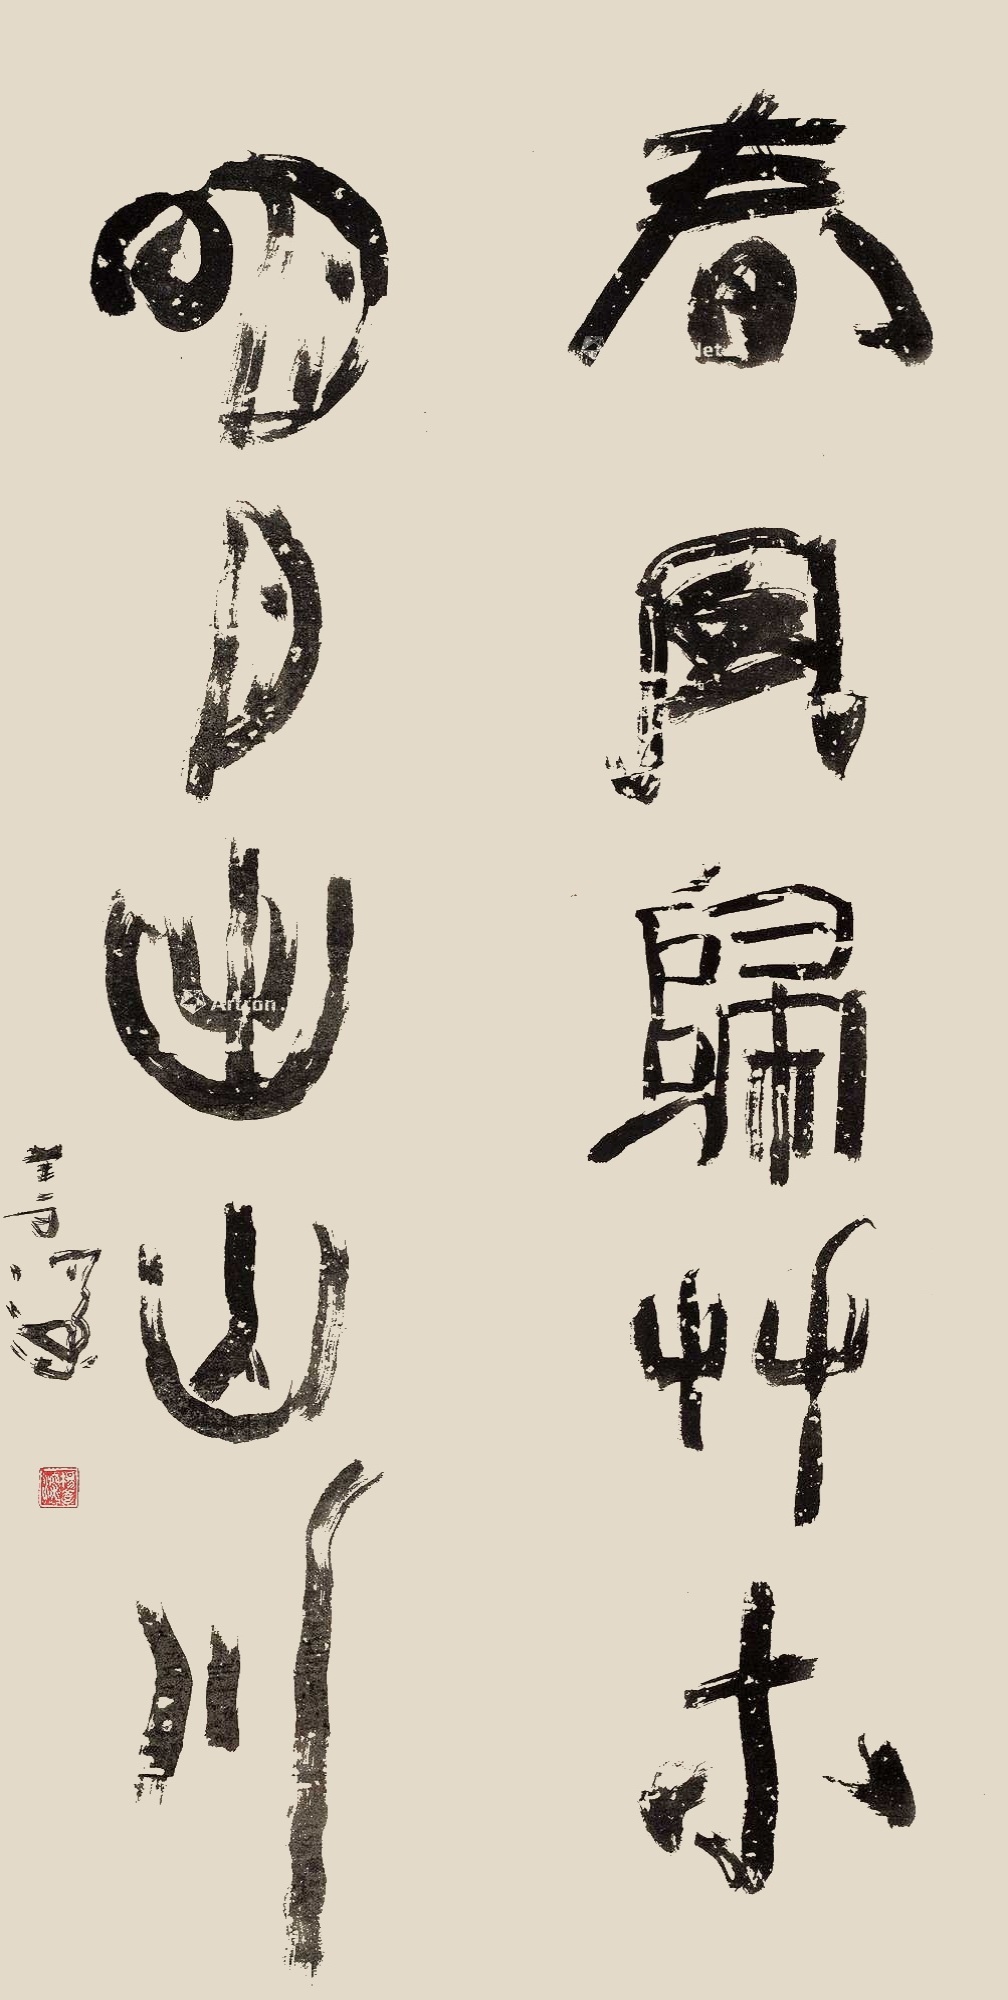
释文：春风归草木，明月出山川。善深。